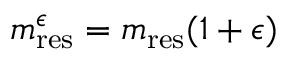
m _ { \mathrm { r e s } } ^ { \epsilon } = m _ { \mathrm { r e s } } ( 1 + \epsilon )